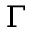
\Gamma